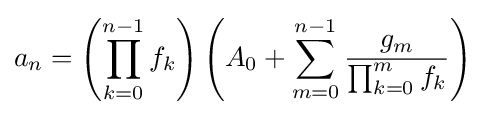
a_{n}=\left(\prod _{k=0}^{n-1}f_{k}\right)\left(A_{0}+\sum _{m=0}^{n-1}{\frac {g_{m}}{\prod _{k=0}^{m}f_{k}}}\right)